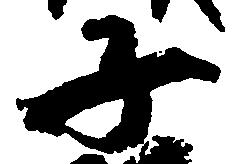
子